system: You are a helpful assistant.
user:
Analyze the provided spectrum to determine if it is a **"Cataclysmic Variables (CV)"**.

- **Key Indicators for CV (Check for either state):**
    - **State 1: Quiescent / Low-State (Emission-Dominated)**
        - **(Primary):** Strong and *very broad* Hydrogen Balmer emission lines (e.g., $H\alpha$ at 6563 Å, $H\beta$ at 4861 Å). The 'broadness' (high velocity dispersion, often FWHM > 1000 km/s) is the key diagnostic, indicating a high-velocity accretion disk.
        - **(Secondary):** Broad neutral Helium (He I) emission lines (e.g., 5876 Å, 6678 Å).
        - **(Key Confirmation):** Presence of high-excitation *ionized* Helium (He II) emission at 4686 Å. This is a strong indicator of accretion onto a white dwarf.
        - **(Line Profile):** Emission lines may exhibit a 'double-peaked' profile, which is a classic signature of a rotating accretion disk viewed at high inclination.

    - **State 2: Outburst / High-State (Absorption-Dominated)**
        - **(Primary):** Spectrum is dominated by a bright, blue continuum (looks like a hot star).
        - **(Secondary):** The emission lines from State 1 are weak, absent, or 'filled in', and are replaced by broad, shallow *absorption* lines (primarily Balmer and He I).
        - **(Morphology):** The overall spectrum mimics a hot B/A-type star. The crucial difference is that the absorption lines are significantly broader, shallower, and more 'washed-out' (or 'smeared') than the sharp lines of a normal stellar photosphere, due to high rotational speeds and pressure broadening in the disk.

Think first, call **spectral_visualization_tool** if needed to examine features in detail, then provide your final answer. Your response must adhere to the following strict rules:
1.  **Overall Structure:** Your response must follow the format `<think>...</think> <tool_call>...</tool_call> (if a tool is used) <answer>...</answer>`.
2.  **Tool Usage Constraint:** You may only make **one** tool call per turn.
3.  **Final Answer Format:** In the `<answer>` tag, your conclusion must be inside a `\boxed{}` command (e.g., `\boxed{YES}`), followed by your justification.

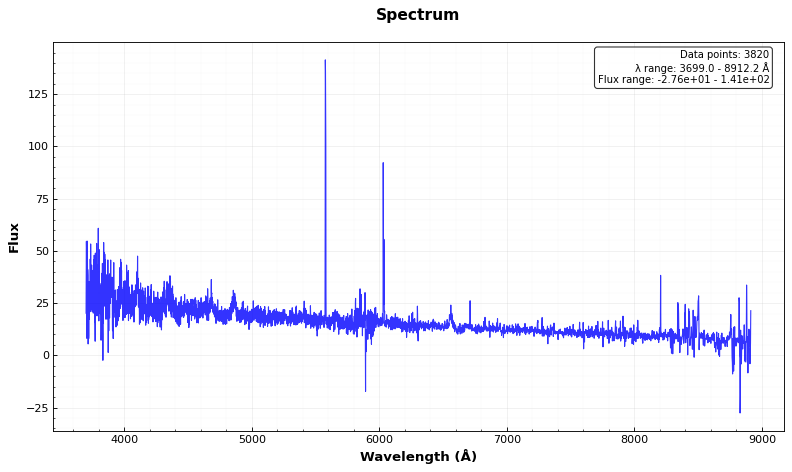
Answer: YES